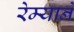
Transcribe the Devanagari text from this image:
रेम्याने